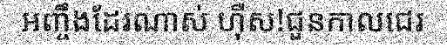
អញ្ចឹងដែរណាស់ ហ៊ឺស!ជួនកាលជេរ